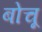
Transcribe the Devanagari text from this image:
बोचू